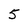
Character: 5